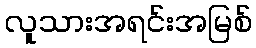
လူသားအရင်းအမြစ်